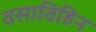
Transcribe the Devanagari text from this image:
वसाविहिन